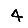
Digit: 4